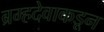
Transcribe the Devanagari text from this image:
ब्रम्हदेवाकडून